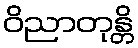
ဝိညာတုန္တိ